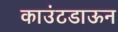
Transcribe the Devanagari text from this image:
काउंटडाऊन